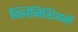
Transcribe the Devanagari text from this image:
क्लिनिशियनों